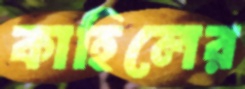
কাহিলের